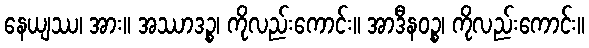
နေယျဿ၊ အား။ အဿာဒဉ္စ၊ ကိုလည်းကောင်း။ အာဒီနဝဉ္စ၊ ကိုလည်းကောင်း။